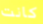
كانت